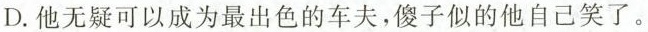
D.他无疑可以成为最出色的车夫，傻子似的他自己笑了。